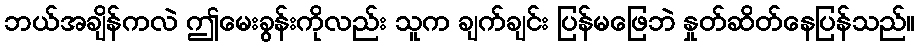
ဘယ်အချိန်ကလဲ ဤမေးခွန်းကိုလည်း သူက ချက်ချင်း ပြန်မဖြေဘဲ နှုတ်ဆိတ်နေပြန်သည်။